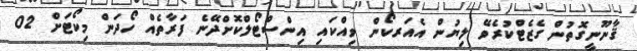
ޤާނޫނީގޮތުން ގެޒެޓްކުރެވޭ ލިޔުން އެއަރކޯން ވިއްކައި އިންސްޓޯލްކޮށްދޭނެ ފަރާތެއް ހޯދަން މިކޯޓަށް 02